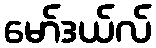
မော်ဒယ်လ်